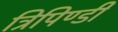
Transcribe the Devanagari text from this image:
त्रिपिण्डी